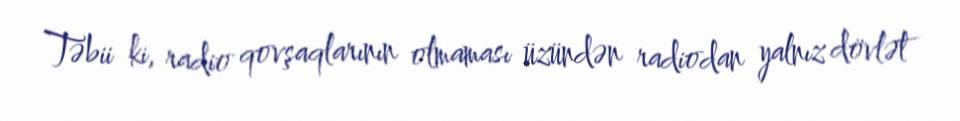
Təbii ki, radio qovşaqlarının olmaması üzündən radiodan yalnız dövlət